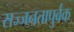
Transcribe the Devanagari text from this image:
सज्जनतापुर्वक